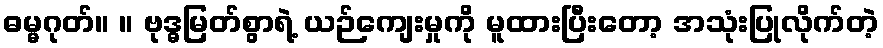
ဓမ္မဂုတ်။ ။ ဗုဒ္ဓမြတ်စွာရဲ့ ယဉ်ကျေးမှုကို မူထားပြီးတော့ အသုံးပြုလိုက်တဲ့